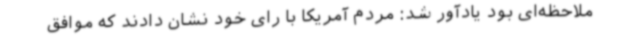
ملاحظه‌ای بود یادآور شد: مردم آمریکا با رای خود نشان دادند که موافق